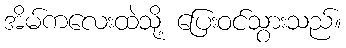
အိမ်ကလေးထဲသို့ ပြေးဝင်သွားသည်။